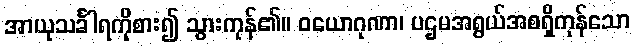
အာယုသင်္ခါရကိုစား၍ သွားကုန်၏။ ဝယောဂုဏာ၊ ပဌမအရွယ်အစရှိကုန်သော